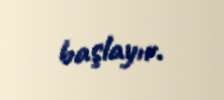
başlayır.